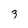
Character: 3